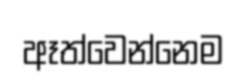
ඈත්වෙන්නෙම